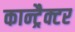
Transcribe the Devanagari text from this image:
कान्ट्रैक्टर